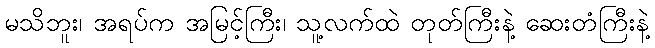
မသိဘူး၊ အရပ်က အမြင့်ကြီး၊ သူ့လက်ထဲ တုတ်ကြီးနဲ့ ဆေးတံကြီးနဲ့